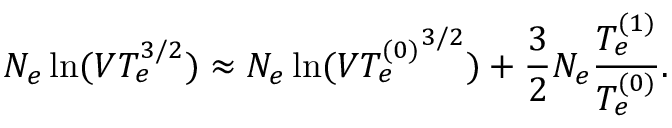
N _ { e } \ln ( V T _ { e } ^ { 3 / 2 } ) \approx N _ { e } \ln ( V { T _ { e } ^ { ( 0 ) } } ^ { 3 / 2 } ) + \frac { 3 } { 2 } N _ { e } \frac { T _ { e } ^ { ( 1 ) } } { T _ { e } ^ { ( 0 ) } } .